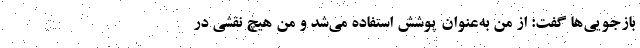
بازجویی‌ها گفت: از من به‌عنوان پوشش استفاده می‌شد و من هیچ نقشی در